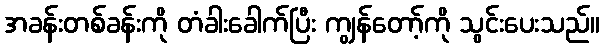
အခန်းတစ်ခန်းကို တံခါးခေါက်ပြီး ကျွန်တော့်ကို သွင်းပေးသည်။